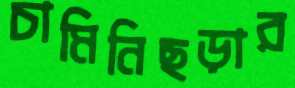
চামিনিছড়ার